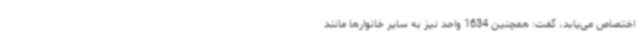
اختصاص می‌یابد، گفت: همچنین 1634 واحد نیز به سایر خانوارها مانند